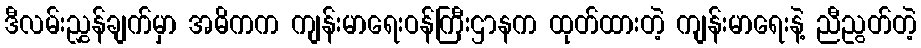
ဒီလမ်းညွှန်ချက်မှာ အဓိကက ကျန်းမာရေးဝန်ကြီးဌာနက ထုတ်ထားတဲ့ ကျန်းမာရေးနဲ့ ညီညွတ်တဲ့